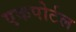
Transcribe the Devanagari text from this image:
एकपोर्टल